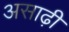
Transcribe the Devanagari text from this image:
असाढ़ी